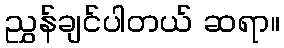
ညွှန်ချင်ပါတယ် ဆရာ။